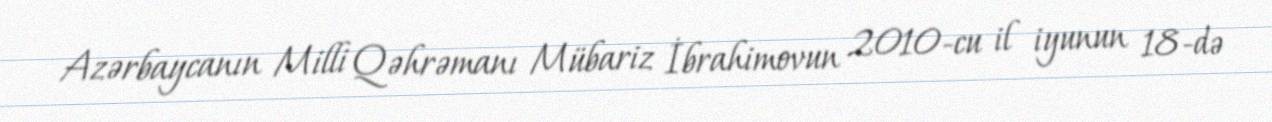
Azərbaycanın Milli Qəhrəmanı Mübariz İbrahimovun 2010-cu il iyunun 18-də